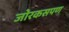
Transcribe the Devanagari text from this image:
जोरकसपण